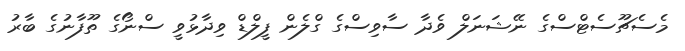
މެސެޗޫސެޓްސްގެ ނޭޝަނަލް ވެދާ ސާވިސްގެ ގްލެން ފީލްޑް ވިދާޅުވީ ސްނޯގެ ތޫފާނުގެ ބާރު